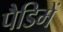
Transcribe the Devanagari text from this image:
पैडिमें